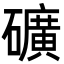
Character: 礦